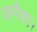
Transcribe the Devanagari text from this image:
जमैका।